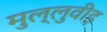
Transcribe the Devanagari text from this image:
मुल्लुवीड़